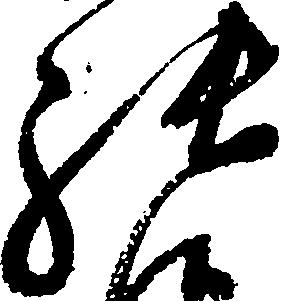
張